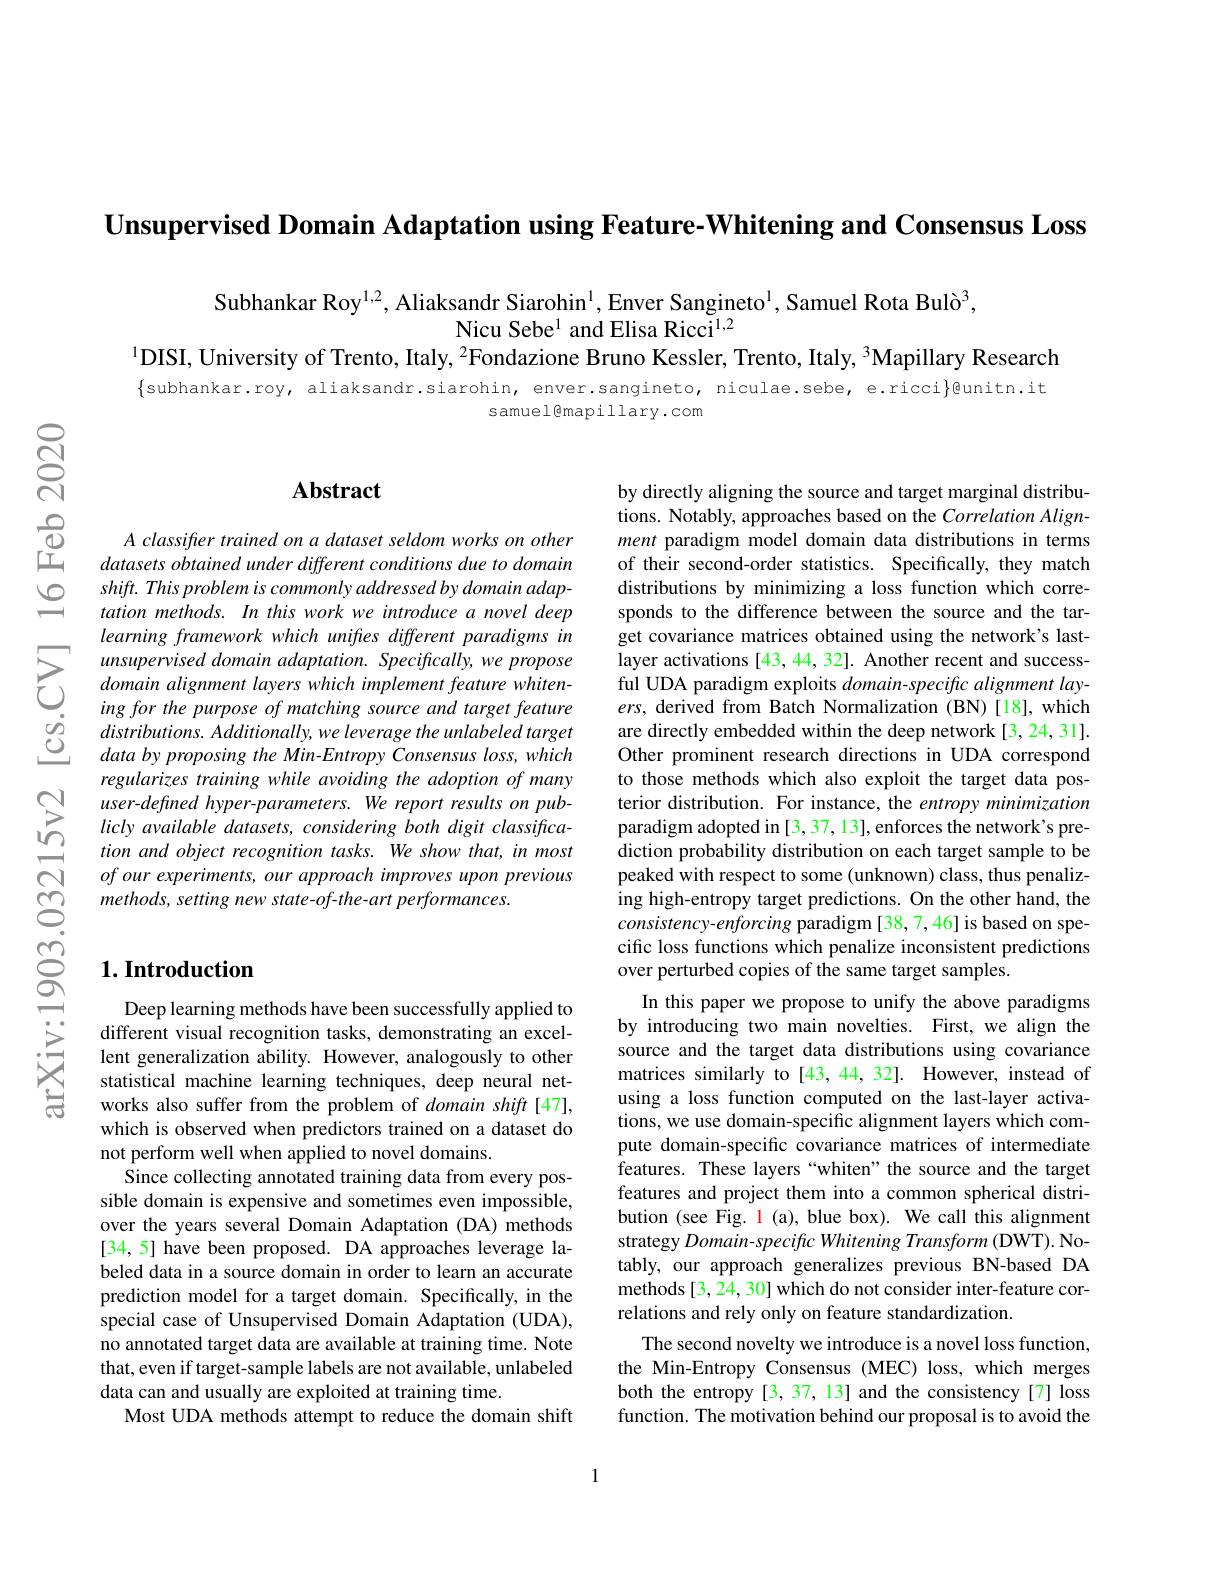
$\textbf{Unsupervised Domain Adaptation using Feature- Whitening and Consensus Loss}$

Subhankar Roy$^{1,2}$, Aliaksandr Siarohin$^1$,Enver Sangineto$^1$, Samuel Rota Bulò$^3$,
Nicu Sebe$^{1}$ and Elisa Ricci$^{1,2}$
$^{1}$DISI, University of Trento, Italy, $^2$Fondazione Bruno Kessler, Trento, Italy, $^3$Mapillary Research

samuel@mapillary.com

## Abstract

A classifter trained on a dataset seldom works on other datasets obtained under different conditions due to domain shift. This problem is commonly addressed by domain adaptation methods. In this work we introduce a novel deep learning framework which unifies different paradigms in unsupervised domain adaptation. Specifically, we propose domain alignment layers which implement feature whitening for the purpose of matching source and target feature $distributions. Additionally, we\textit{leverage the unlabeled target}$ data by proposing the Min-Entropy Consensus loss, which regularizes training while avoiding the adoption of many user-defined hyper-parameters. We report results on publicly available datasets, considering both digit classification and object recognition tasks. We show that, in most of our experiments, our approach improves upon previous methods, setting new state-of-the-art performances.

## $1. \textbf{Introduction}$

Deep learning methods have been successfully applied to different visual recognition tasks, demonstrating an excellent generalization ability. However, analogously to other statistical machine learning techniques, deep neural networks also suffer from the problem of domain shift[47], which is observed when predictors trained on a dataset do not perform well when applied to novel domains.
Since collecting annotated training data from every possible domain is expensive and sometimes even impossible, over the years several Domain Adaptation (DA) methods [34, 5] have been proposed. DA approaches leverage labeled data in a source domain in order to learn an accurate prediction model for a target domain. Specifically, in the special case of Unsupervised Domain Adaptation (UDA), no annotated target data are available at training time. Note that, even if target-sample labels are not available, unlabeled data can and usually are exploited at training time.
Most UDA methods attempt to reduce the domain shift

by directly aligning the source and target marginal distributions. Notably, approaches based on the Correlation Alignment paradigm model domain data distributions in terms of their second-order statistics. Specifically, they match distributions by minimizing a loss function which corresponds to the difference between the source and the target covariance matrices obtained using the network's lastlayer activations [43, 44, 32]. Another recent and successful UDA paradigm exploits $domain-specific$ alignment lay- $ers$, derived from Batch Normalization (BN)[18], which are directly embedded within the deep network [3,24,31]. Other prominent research directions in UDA correspond to those methods which also exploit the target data posterior distribution. For instance, the entropy minimization paradigm adopted in [3,37,13],enforces the network's prediction probability distribution on each target sample to be peaked with respect to some (unknown) class, thus penalizing high-entropy target predictions. On the other hand, the $consistency-enforcing$ paradigm [38,7,46]is based on specific loss functions which penalize inconsistent predictions over perturbed copies of the same target samples.
In this paper we propose to unify the above paradigms by introducing two main novelties. First, we align the source and the target data distributions using covariance matrices similarly to [43, 44, 32]. However, instead of using a loss function computed on the last-layer activations, we use domain-specific alignment layers which compute domain-specific covariance matrices of intermediate features. These layers“whiten”the source and the target features and project them into a common spherical distribution (see Fig. 1 (a), blue box). We call this alignment strategy Domain-specific Whitening Transform (DWT). Notably, our approach generalizes previous BN-based DA methods [3, 24, 30] which do not consider inter-feature correlations and rely only on feature standardization.
The second novelty we introduce is a novel loss function, the Min-Entropy Consensus (MEC) loss, which merges both the entropy [3, 37, 13] and the consistency [7] loss function. The motivation behind our proposal is to avoid the

1